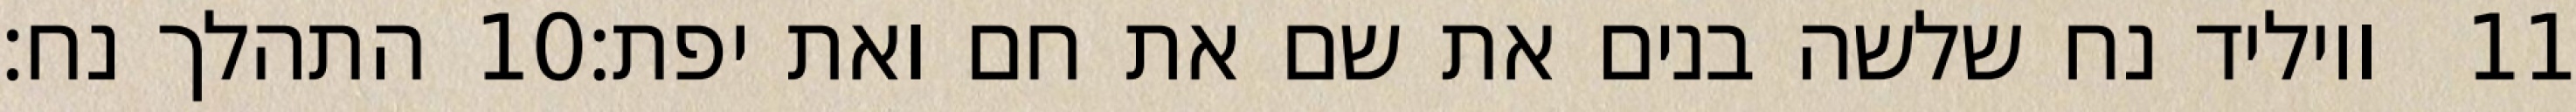
התהלך נח׃ ‎10‏ ויוליד נח שלשה בנים את שם את חם ואת יפת׃ ‎11‏